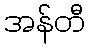
အန်တီ